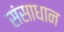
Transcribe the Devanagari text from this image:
संसाधान